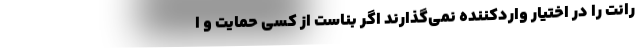
رانت را در اختیار واردکننده نمی‌گذارند اگر بناست از کسی حمایت و ا